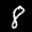
Label: 8